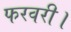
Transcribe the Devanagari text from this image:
फरवरी।